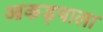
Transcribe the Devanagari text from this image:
आकड्याला